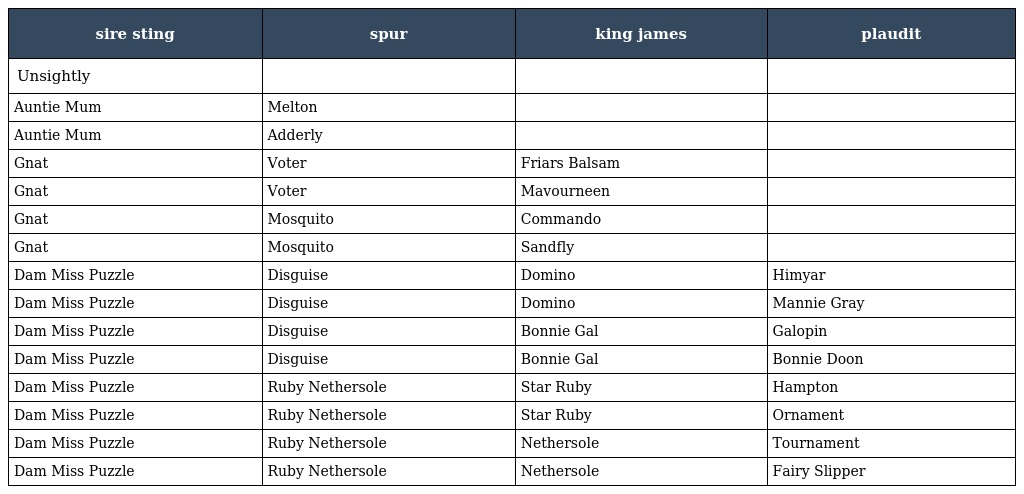
| sire sting | spur | king james | plaudit |
 | --- | --- | --- | --- |
 | Unsightly |  |  |  |
 | Auntie Mum | Melton |  |  |
 | Auntie Mum | Adderly |  |  |
 | Gnat | Voter | Friars Balsam |  |
 | Gnat | Voter | Mavourneen |  |
 | Gnat | Mosquito | Commando |  |
 | Gnat | Mosquito | Sandfly |  |
 | Dam Miss Puzzle | Disguise | Domino | Himyar |
 | Dam Miss Puzzle | Disguise | Domino | Mannie Gray |
 | Dam Miss Puzzle | Disguise | Bonnie Gal | Galopin |
 | Dam Miss Puzzle | Disguise | Bonnie Gal | Bonnie Doon |
 | Dam Miss Puzzle | Ruby Nethersole | Star Ruby | Hampton |
 | Dam Miss Puzzle | Ruby Nethersole | Star Ruby | Ornament |
 | Dam Miss Puzzle | Ruby Nethersole | Nethersole | Tournament |
 | Dam Miss Puzzle | Ruby Nethersole | Nethersole | Fairy Slipper |